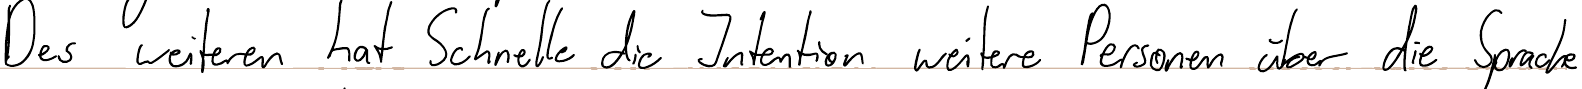
Des weiteren hat Schnelle die Intention weitere Personen über die Sprache